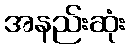
အနည်းဆုံး